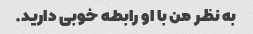
به نظر من با او رابطه خوبی دارید.